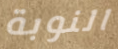
النوبة